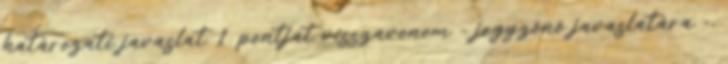
határozati javaslat 1. pontját visszavonom - jegyzőnő javaslatára -,